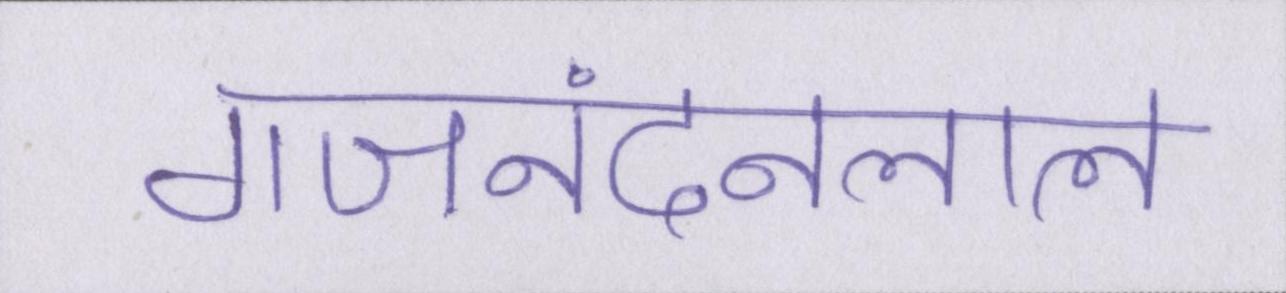
गजनंदनलाल